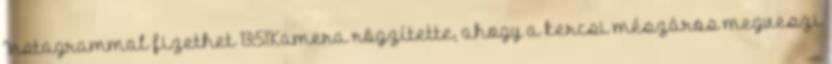
Instagrammal fizethet 13:51Kamera rögzítette, ahogy a kercsi mészáros megveszi